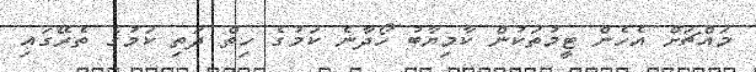
މައްޗަށް އެހެން ޓީމުތަކުން ކާމިޔާބު ހޯދާނެ ކަމުގެ ހިތް ދަތި ކަމުގެ ތެރޭގައި